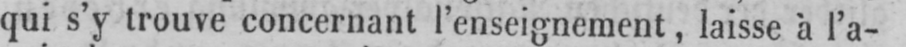
qui s’y trouve concernant l’enseignement, laisse à l’a-